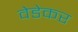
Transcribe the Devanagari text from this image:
वेडेकर